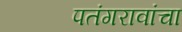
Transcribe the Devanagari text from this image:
पतंगरावांचा